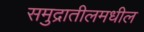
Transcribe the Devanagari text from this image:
समुद्रातीलमधील